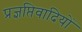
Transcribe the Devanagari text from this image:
प्रज्ञप्तिवादियों